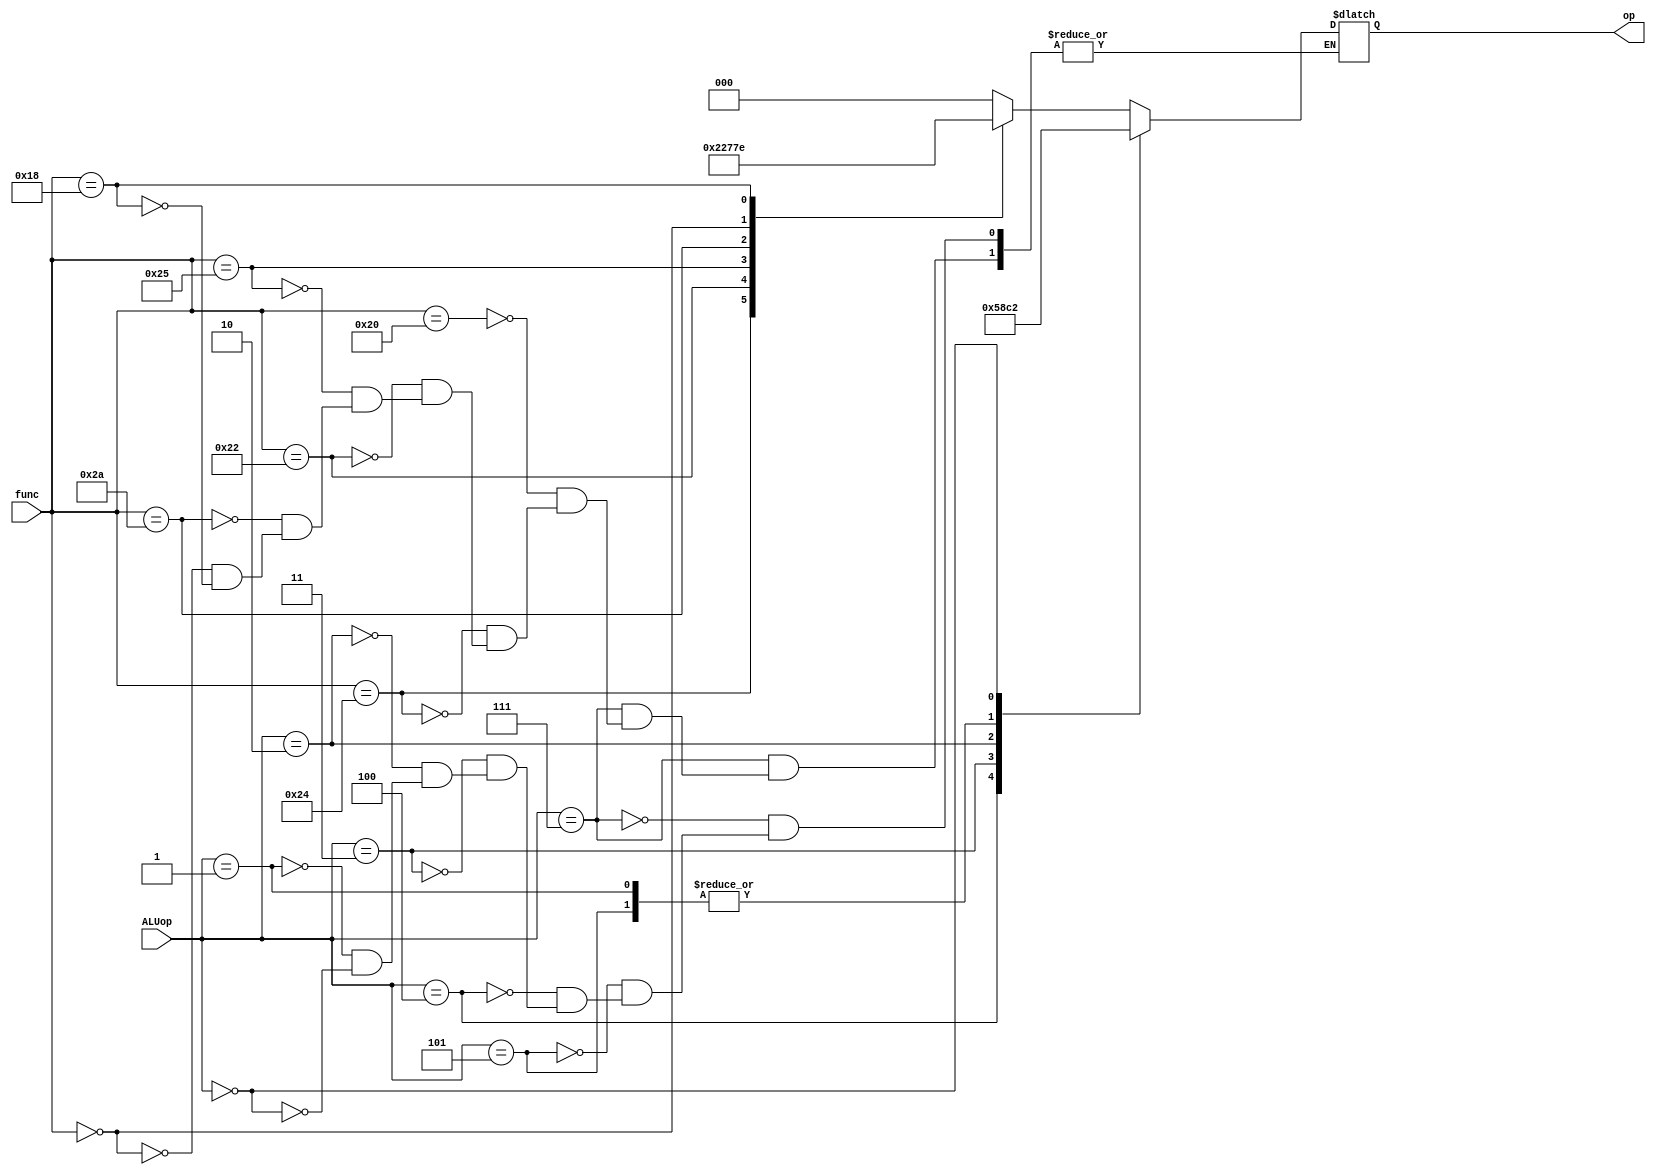
// ALU control 
// Fase 2

`timescale 1ns/1ns

module ALUCONTROL(
    input [2:0]ALUop,
    input [5:0]func,
    output reg [2:0] op);

    always @* begin
        case (ALUop)
            3'b111: // Type R
                case (func)
                    6'b100000: // ADD
                    begin
                        op = 3'b000;
                    end
                    6'b100100: // AND
                    begin
                        op = 3'b100;
                    end
                    6'b100010: // SUB
                    begin
                        op = 3'b010;
                    end
                    6'b100101: // OR
                    begin
                        op = 3'b011;
                    end
                    6'b101010: // STL
                    begin
                        op = 3'b101;
                    end
                    6'b000000: // NOP
                    begin
                        op = 3'b111;
                    end
                    6'b011000: // MUL 
                    begin
                        op = 3'b110;
                    end

                endcase
            3'b101: //addi
            begin
                op = 3'b000;
            end
            3'b100: //slti
            begin
                op = 3'b101;
            end
            3'b011://andi
            begin
                op = 3'b100;
            end
            3'b010://ori
            begin
                op = 3'b011;
            end
            3'b001://lw y sw
            begin
                op = 3'b000;
            end
            3'b000://beq
            begin
                op = 3'b010;
            end
        endcase
        
    end
    
endmodule